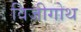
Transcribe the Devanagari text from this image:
विजीगोथ